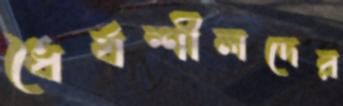
ধৈর্যশীলদের